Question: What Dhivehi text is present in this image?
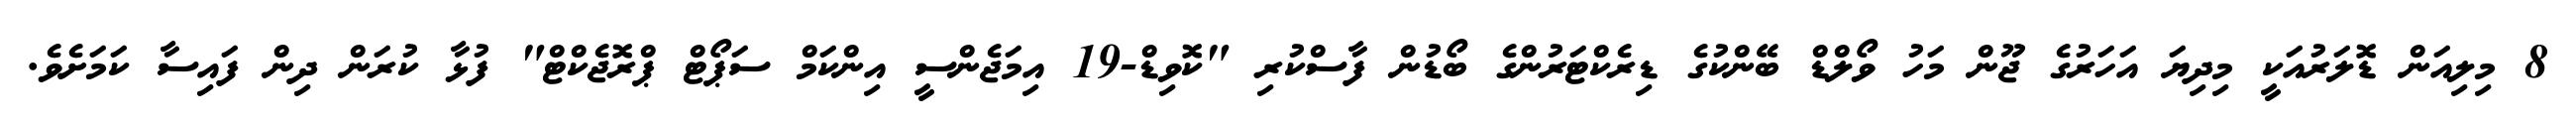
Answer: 8 މިލިއަން ޑޮލަރުއަކީ މިދިޔަ އަހަރުގެ ޖޫން މަހު ވޯލްޑް ބޭންކުގެ ޑިރެކްޓަރުންގެ ބޯޑުން ފާސްކުރި "ކޮވިޑް-19 އިމަޖެންސީ އިންކަމް ސަޕޯޓް ޕްރޮޖެކްޓް" ފުޅާ ކުރަން ދިން ފައިސާ ކަމަށެވެ.